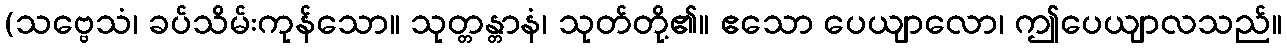
(သဗ္ဗေသံ၊ ခပ်သိမ်းကုန်သော။ သုတ္တန္တာနံ၊ သုတ်တို့၏။ ဧသော ပေယျာလော၊ ဤပေယျာလသည်။